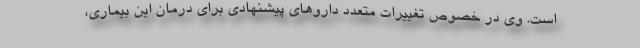
است. وی در خصوص تغییرات متعدد داروهای پیشنهادی برای درمان این بیماری،